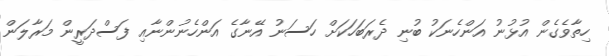
ހިތާވެގެން އުޅުނު އަންހެނަކު ބުނި ދެރަބަހަކަށް ހަސަނު އޭނާގެ އަންހެނުންނާއި ފަސްދަރީން މަރާލަން